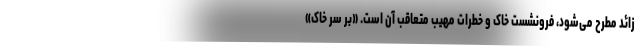
زائد مطرح می‌شود، فرونشست خاک و خطرات مهیب متعاقب آن است. «بر سر خاک»